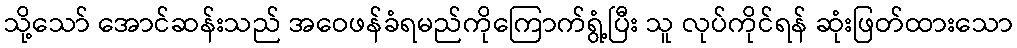
သို့သော် အောင်ဆန်းသည် အဝေဖန်ခံရမည်ကိုကြောက်ရွံ့ပြီး သူ လုပ်ကိုင်ရန် ဆုံးဖြတ်ထားသော